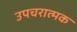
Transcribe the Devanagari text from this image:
उपचरात्मक